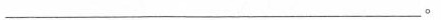
___。